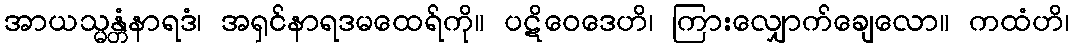
အာယသ္မန္တံနာရဒံ၊ အရှင်နာရဒမထေရ်ကို။ ပဋိဝေဒေဟိ၊ ကြားလျှောက်ချေလော။ ကထံဟိ၊